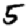
Digit: 5